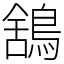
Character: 鵨